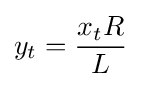
y_{t}={\frac {x_{t}R}{L}}